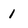
Character: 1